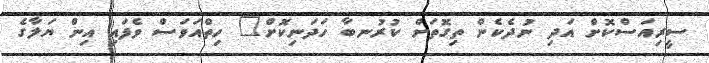
ސީރިއަސްކޮށް އަދި ނުދެކެން ތިގޮތަށް ކުރުނބާ ހަދަނިކޮށް" ހިތްއަވަސް ވެފައި އިން ޔަލާގެ